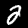
Digit: 2